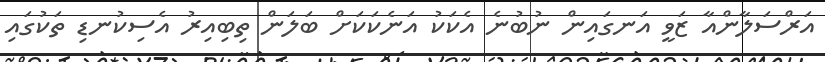
އަރްސަލާންއާ ޒަވީ އަނގައިން ނުބުނެ އެކަކު އަނެކަކަށް ބަލަން ތިބިއިރު އެސިކުނޑި ތަކުގައި